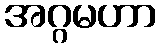
အဂ္ဂမဟာ